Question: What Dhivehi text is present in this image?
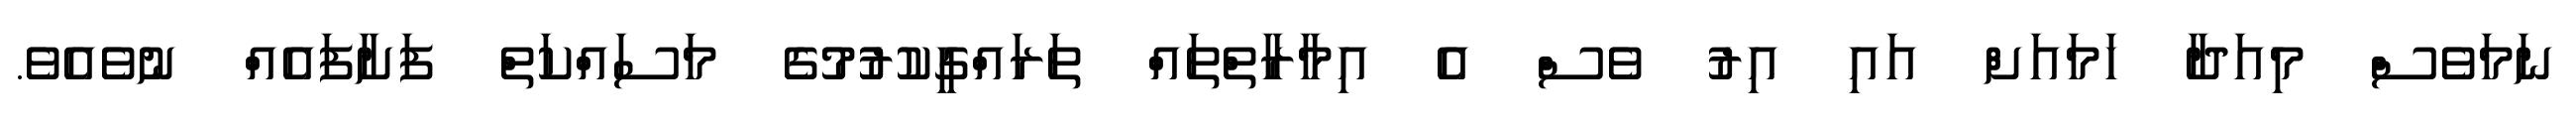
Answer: ނަމަވެސް މިއަދާ ހަމައަށް އައި އިރު ވެސް އެ އިމާރާތްތައް ތަރައްގީކުރުުމުގެ މަސައްކަތް ފަށާފައެއް ނުވެއެވެ.